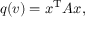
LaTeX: q ( v ) = x ^ { \mathrm { T } } A x ,